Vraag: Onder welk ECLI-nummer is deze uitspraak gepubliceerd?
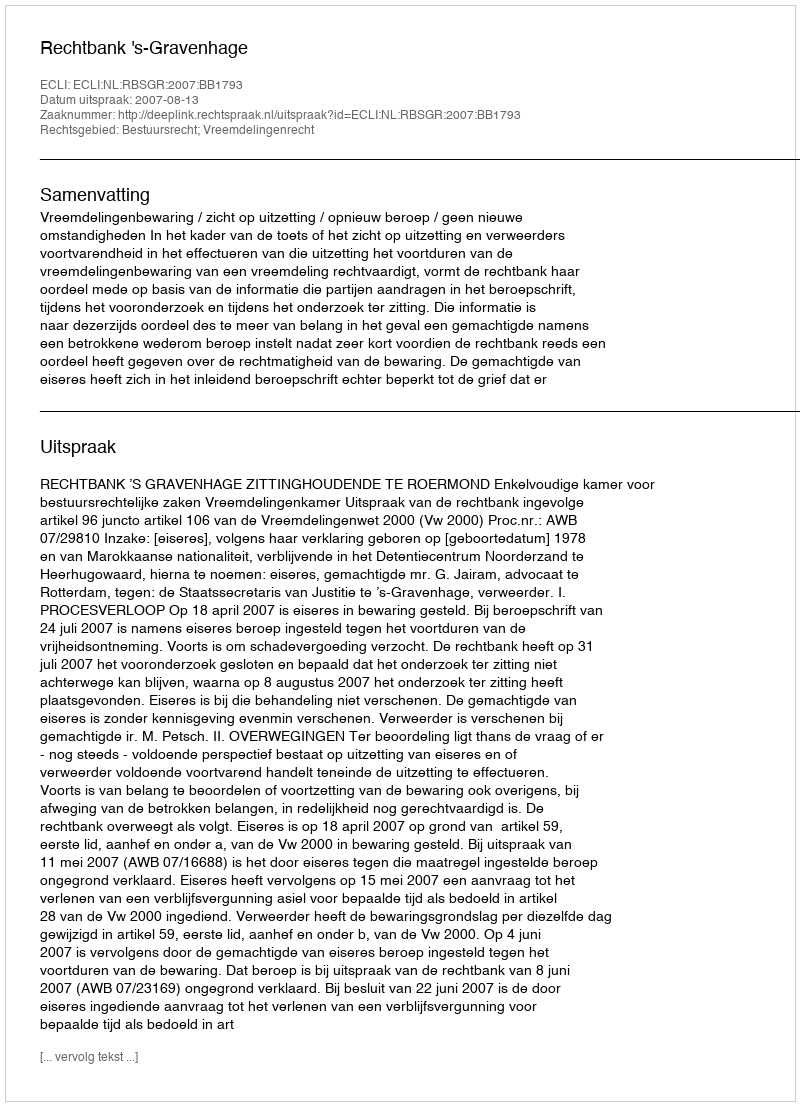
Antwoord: ECLI:NL:RBSGR:2007:BB1793